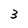
Character: 3